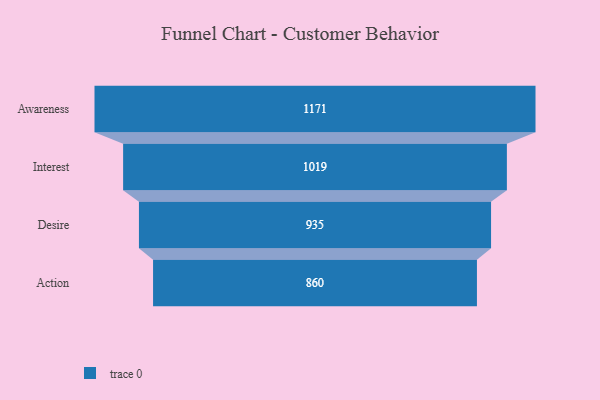
{"axis": {"x": "Stage", "y": "Value"}, "legend": [""], "data": [{"x": "Awareness", "y": 1171.0, "type": ""}, {"x": "Interest", "y": 1019.0, "type": ""}, {"x": "Desire", "y": 935.0, "type": ""}, {"x": "Action", "y": 860.0, "type": ""}]}